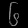
Digit: ၆